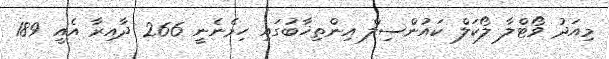
މިއަދު ވޯޓްލާ ލޯކަލް ކައުންސިލް އިންތިޚާބުގައި ހިމެނެނީ 266 ދާއިރާ އެއީ 189